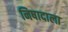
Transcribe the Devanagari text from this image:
निषादाला